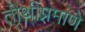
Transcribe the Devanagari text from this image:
तीथींप्रमाणे